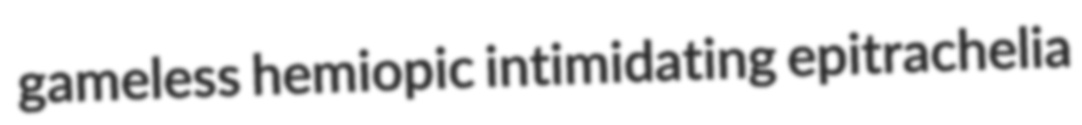
gameless hemiopic intimidating epitrachelia